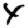
Digit: 4